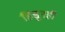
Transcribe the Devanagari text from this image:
हिंडूनही